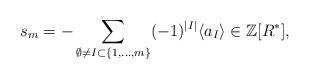
LaTeX: \begin{align*}s_{m} = -\sum_{\emptyset \neq I \subset \{1,\dots,m\}}(-1)^{|I|}\langle a_{I} \rangle \in \mathbb{Z}[R^{*}],\end{align*}